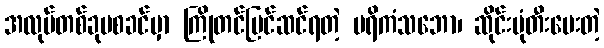
အလုပ်တစ်ခုမစခင်မှာ ကြိုတင်ပြင်ဆင်ရတဲ့ ပရိကံသဘော၊ ဆိုင်းဗုံတီးပေးတဲ့